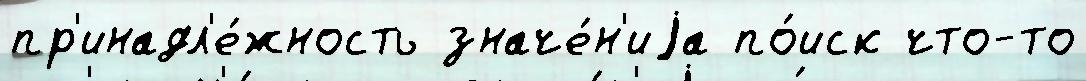
пр'инадл'е́жность значе́н'иjа по́иск что-то